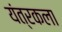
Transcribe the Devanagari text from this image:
यंत्रकला